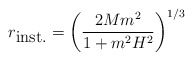
\begin{align*}r_{\mbox{inst.}}=\left(\frac{2Mm^2}{1+m^2H^2}\right)^{1/3}\end{align*}